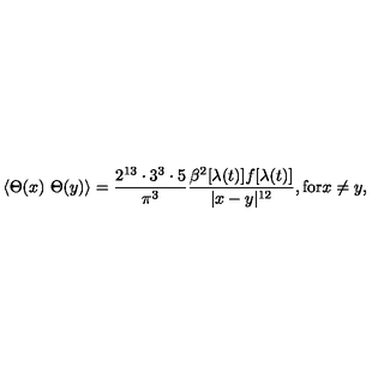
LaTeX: \langle \Theta ( x ) \ \Theta ( y ) \rangle = { \frac { 2 ^ { 1 3 } \cdot 3 ^ { 3 } \cdot 5 } { \pi ^ { 3 } } } \frac { \beta ^ { 2 } [ \lambda ( t ) ] f [ \lambda ( t ) ] } { | x - y | ^ { 1 2 } } , \mathrm { f o r } x \neq y ,